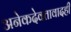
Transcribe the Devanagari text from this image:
अनेकदेवतावादही